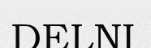
DELNI